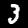
Label: 3